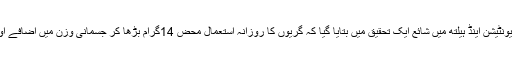
اور اب طبی جریدے بی ایم جے نیوٹریشن ،پریونٹیشن اینڈ ہیلتھ میں شائع ایک تحقیق میں بتایا گیا کہ گریوں کا روزانہ استعمال محض 14گرام بڑھا کر جسمانی وزن میں اضافے اور موٹاپے کے خطرے کو کم کیا جا سکتاہے۔